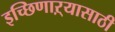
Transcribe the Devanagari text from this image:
इच्छिणाऱ्यासाठी